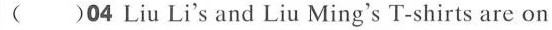
( )04 Liu Li's and Liu Ming's T-shirts are on